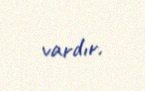
vardır.